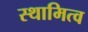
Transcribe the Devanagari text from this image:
स्थामित्व